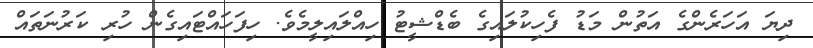
ދިޔަ އަހަރެންގެ އަތުން މަޑު ފެހިކުލައިގެ ބެޑްޝީޓު ހިއްލައިލީމެވެ. ހިފަހައްޓައިގެން ހުރި ކަރުނަތައް